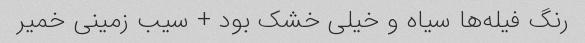
رنگ فیله‌ها سیاه و خیلی خشک بود + سیب زمینی خمیر